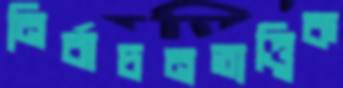
নির্বাচনতাত্ত্বিক